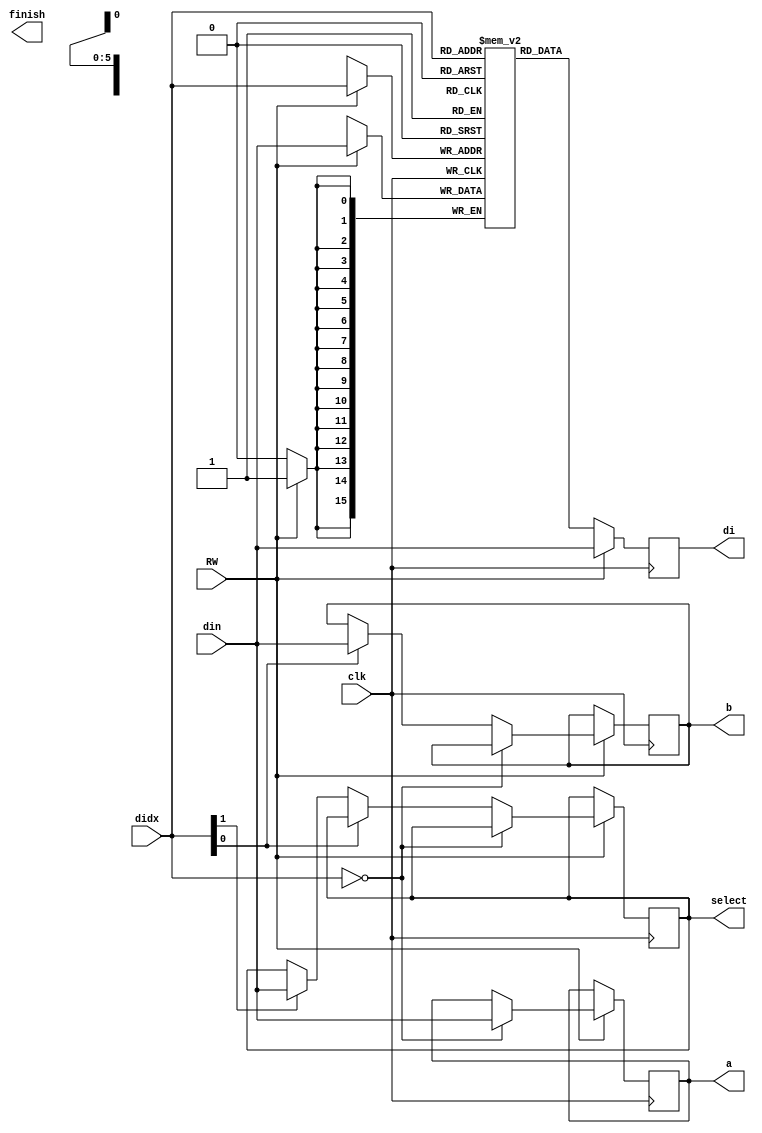
module dbuf(
	input wire clk, 
	input wire [15:0] din, //input
	input wire [5:0] didx, //address
	input wire RW,
	output reg [15:0] di,
	output reg[15:0] a,
	output reg[15:0] b,
	output reg[15:0] select,
	output finish
);
	reg [15:0] mem [0:63];
	//reg finish_tmp;
	//assign finish = finish_tmp;
	// dbuf
	always @(posedge clk) begin 
		if(RW) begin
			mem[didx] <= din;
			if(didx==5'd0) begin 
				a<=din;
			end
			else if(didx[0]) begin 
				b<=din;
			end
			else if(didx[1]) begin 
				select<=din;
			end
		end 
		
		di <= RW ? din:mem[didx];
		//finish_tmp <= (didx[2])?1:0;

	end

endmodule